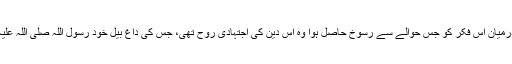
مختلف زمانوں میں مختلف تہذیبوں اور اقوام کے درمیان اس فکر کو جس حوالے سے رسوخ حاصل ہوا وہ اس دین کی اجتہادی روح تھی، جس کی داغ بیل خود رسول اللہ صلی اللہ علیہ وسلم نے اپنے مبارک ہاتھوں سے رکھ دی تھی۔